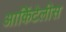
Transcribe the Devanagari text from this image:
आर्किटेलीस